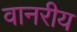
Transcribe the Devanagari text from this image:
वानरीय